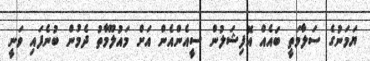
ޔަމަނުގެ ސަލާމަތީ ބައެއް އޮފިޝަލުން ސީއެންއެން އަށް މައުލޫމާތު ދެމުން ބުނެފައި ވަނީ